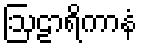
ဩဠာရိကာနံ